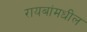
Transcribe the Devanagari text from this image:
रायबांमधील